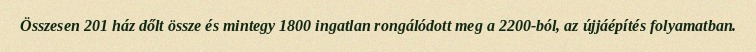
Összesen 201 ház dőlt össze és mintegy 1800 ingatlan rongálódott meg a 2200-ból, az újjáépítés folyamatban.